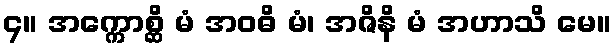
၄။ အက္ကောစ္ဆိ မံ အဝဓိ မံ၊ အဇိနိ မံ အဟာသိ မေ။